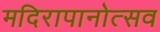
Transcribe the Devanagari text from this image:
मदिरापानोत्सव